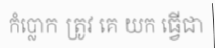
កំប្លោក ត្រូវ គេ យក ធ្វើជា